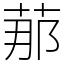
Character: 𦰡